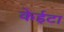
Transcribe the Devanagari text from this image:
केईटा